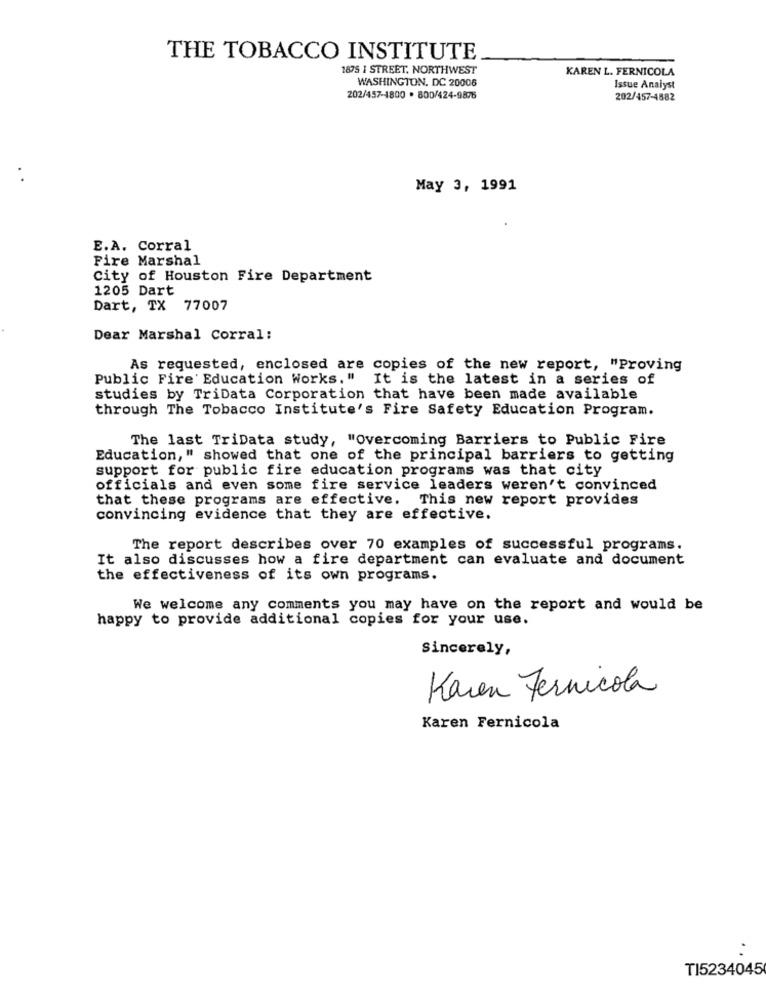
THE TOBACCO INSTITUTE
1875 1 STREET. NORTHWEST
KAREN L. FERNICOLA
WASHINGTON, DC 20006
Issue Analyst
202/457-1800 . 800/424-9876
202/457-4582
.
May 3, 1991
E.A. Corral
Fire Marshal
City of Houston Fire Department
1205 Dart
Dart, TX 77007
Dear Marshal Corral:
As requested, enclosed are copies of the new report, "Proving
Public Fire'Education Works." It is the latest in a series of
studies by TriData Corporation that have been made available
through The Tobacco Institute's Fire Safety Education Program.
The last TriData study, "Overcoming Barriers to Public Fire
Education, " showed that one of the principal barriers to getting
support for public fire education programs was that city
officials and even some fire service leaders weren't convinced
that these programs are effective. This new report provides
convincing evidence that they are effective.
The report describes over 70 examples of successful programs.
It also discusses how a fire department can evaluate and document
the effectiveness of its own programs.
We welcome any comments you may have on the report and would be
happy to provide additional copies for your use.
Sincerely,
Karen Fernicola
Karen Fernicola
TI5234045